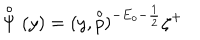
\stackrel { \circ } { \Psi } ( y ) = ( y , \stackrel { \circ } { p } ) ^ { - E _ { o } - \frac 1 2 } \zeta ^ { + }